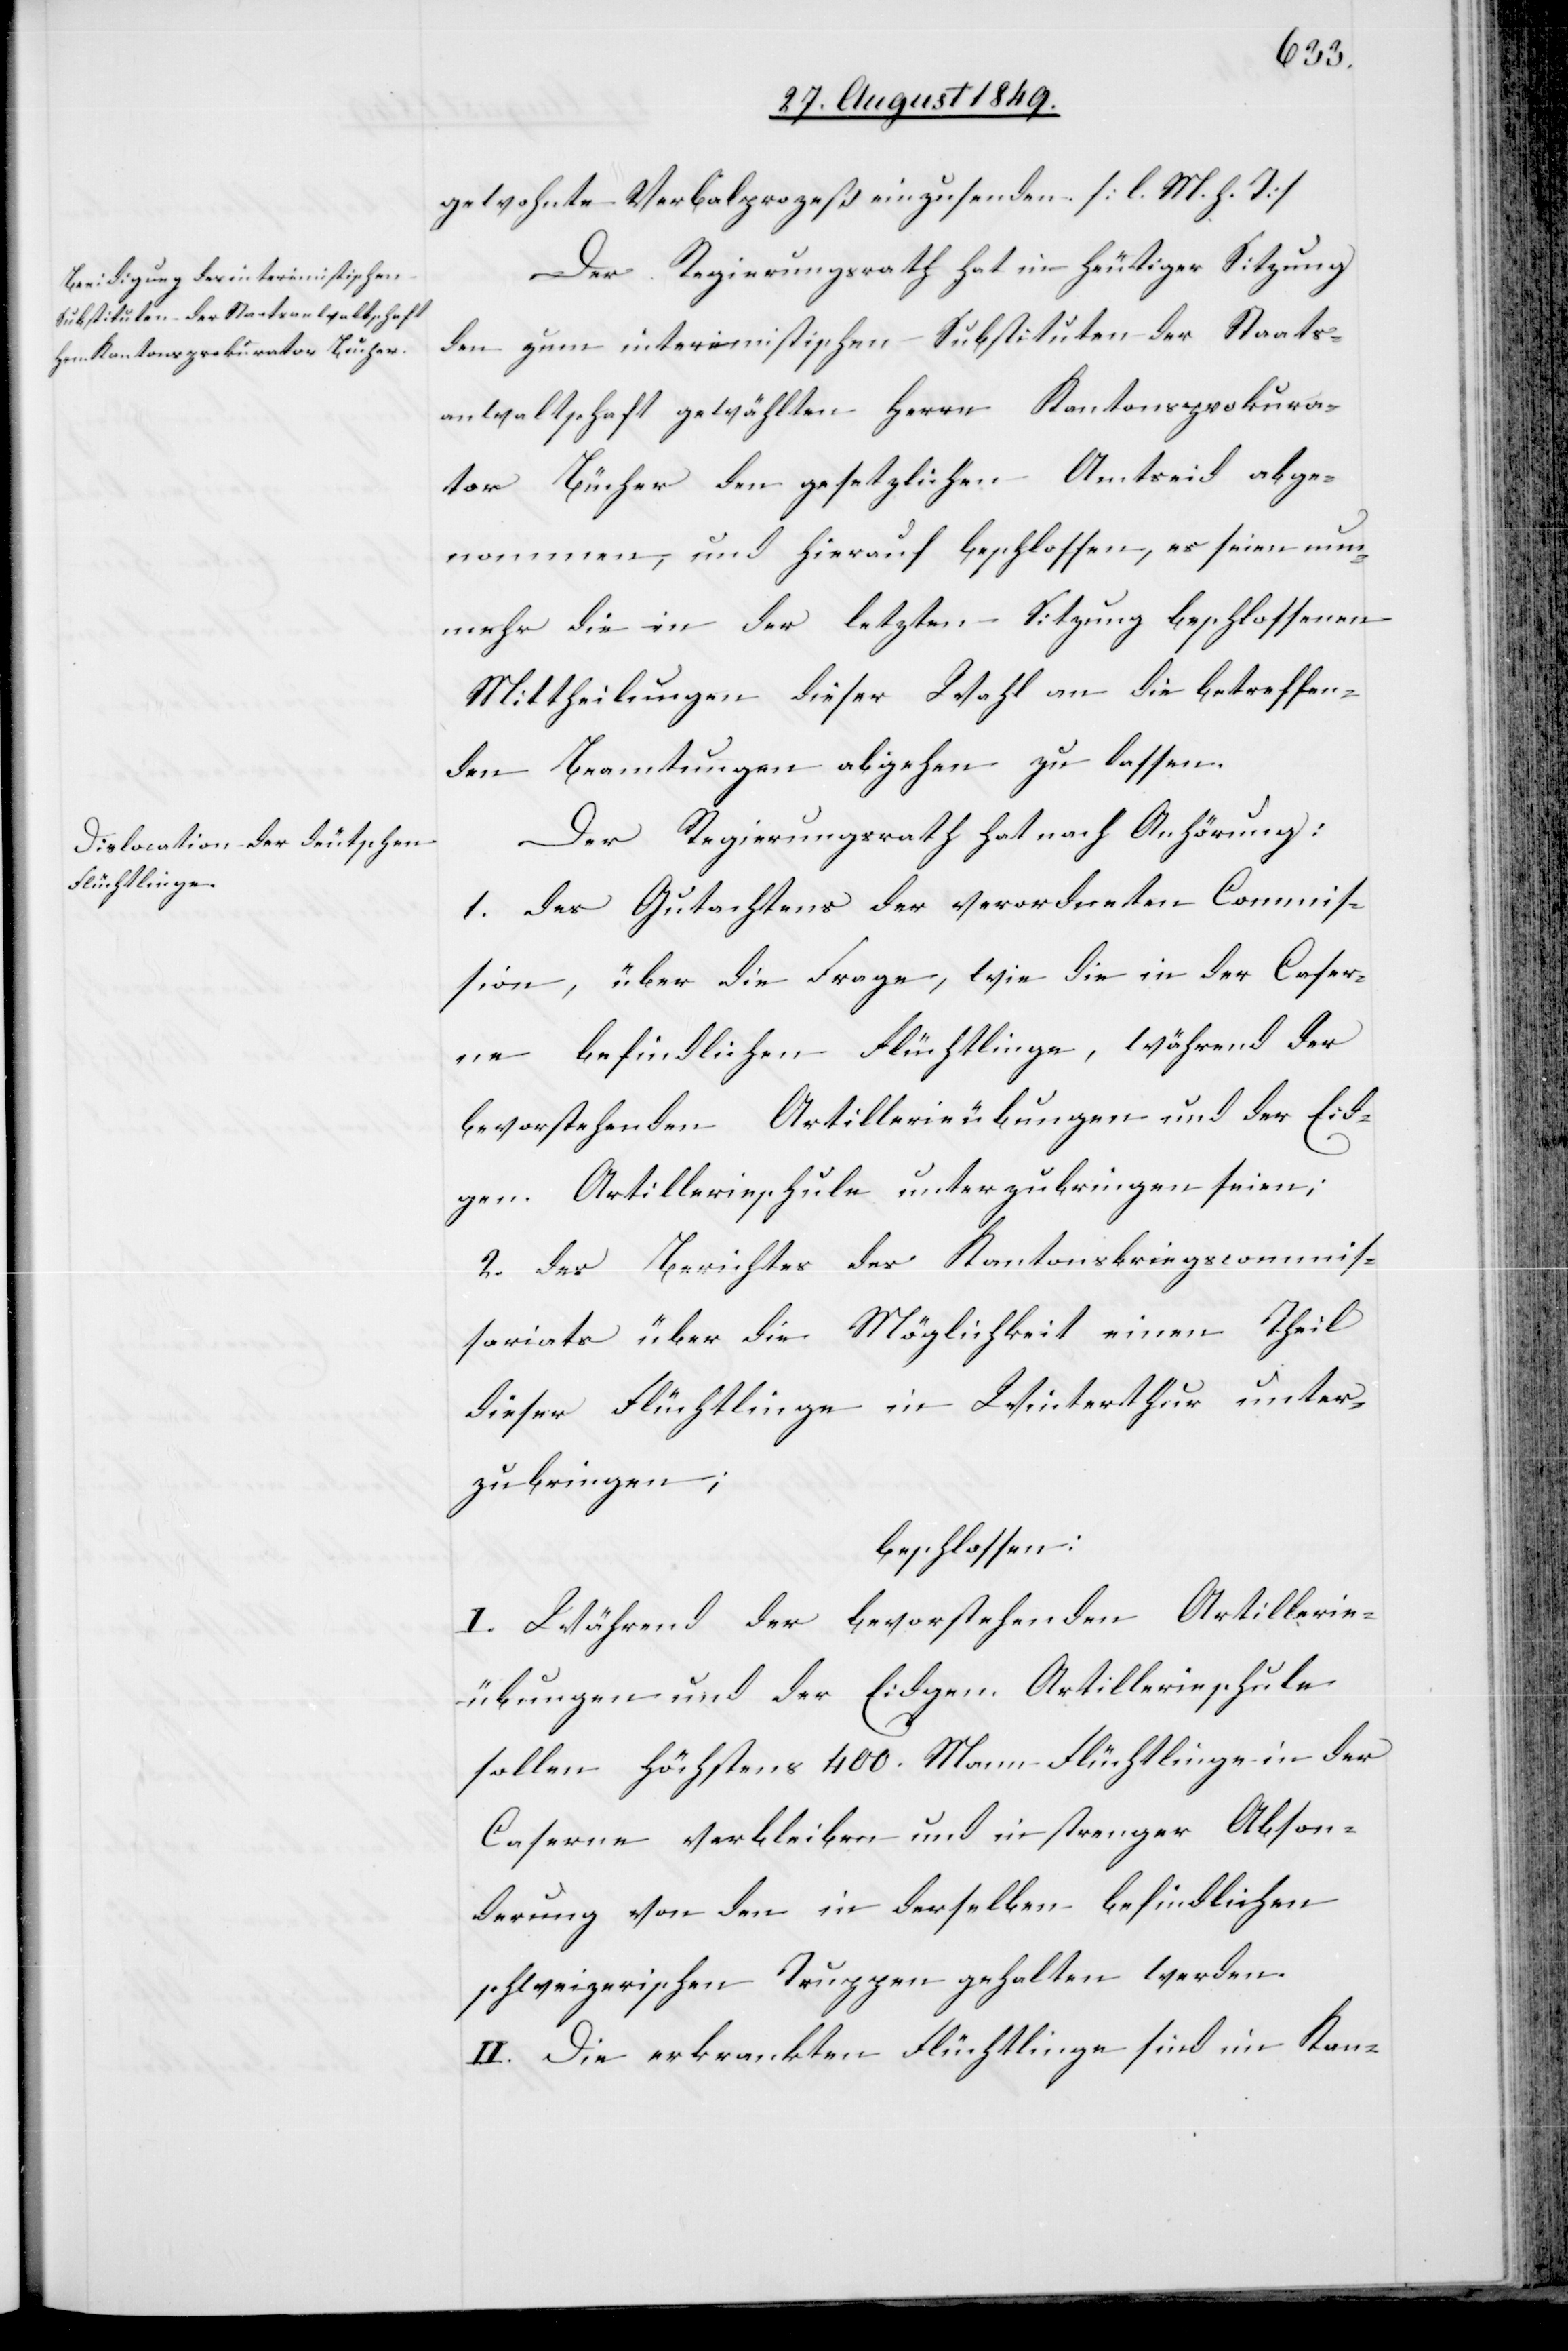
gewohnte Verbalprozeß einzusenden. [l. M. h. T]
Der Regierungsrath hat in heutiger Sitzung
den zum interimistischen Substituten der Staats¬
anwaltschaft gewählten Herrn Kantonsprokura¬
tor Bücher den gesetzlichen Amtseid abge¬
nommen, und hierauf beschlossen, es seien nun¬
mehr die in der letzten Sitzung beschlossenen
Mittheilungen dieser Wahl an die betreffen¬
den Beamtungen abgehen zu lassen.
Der Regierungsrath hat nach Anhörung:
1. des Gutachtens der verordneten Commis¬
sion, über die Frage, wie die in der Caser¬
ne befindlichen Flüchtlinge, während der
bevorstehenden Artillerieübungen und der Eid¬
gen. Artillerieschule unterzubringen seien;
2. des Berichtes des Kantonskriegscommis¬
sariats über die Möglichkeit einen Theil
dieser Flüchtlinge in Winterthur unter¬
zubringen;
beschlossen:
I. Während der bevorstehenden Artillerie¬
übungen und der Eidgen. Artillerieschule
sollen höchstens 400. Mann Flüchtlinge in der
Caserne verbleiben und in strenger Abson¬
derung von den in derselben befindlichen
schweizerischen Truppen gehalten werden.
II. Die erkrankten Flüchtlinge sind im Kan-